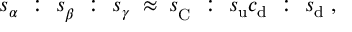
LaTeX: s _ { \alpha } ~ : ~ s _ { \beta } ^ { ~ } ~ : ~ s _ { \gamma } \; \approx \; s _ { \mathrm { C } } ^ { ~ } ~ : ~ s _ { \mathrm { u } } c _ { \mathrm { d } } ~ : ~ s _ { \mathrm { d } } \; ,